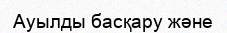
Ауылды басқару және